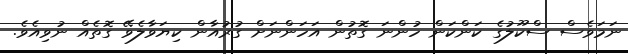
ނަމަވެސް ސްކޫލުގެ ކަންކަން ހުންނަ ގޮތުން އަހަންނަށް ގުރުއާން ކިޔަވާލެވޭ ގޮތެއް ނުވިއެވެ.